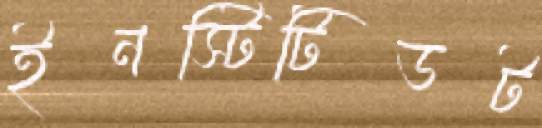
ইনস্টিটিডট